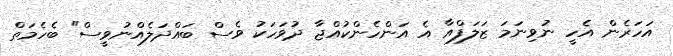
އަހަރެން އެހީ ނުވިނަމަ ޒަލަފްއާ އެ އަންހެންކުއްޖާ ދުވަހަކު ވެސް ބައްދަލެއްނުވީސް" ބެހެމަތް